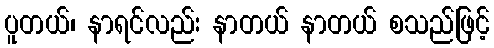
ပူတယ်၊ နာရင်လည်း နာတယ် နာတယ် စသည်ဖြင့်